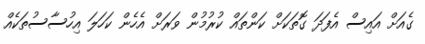
ގެއަށް އައިސް އެފަދަ ގޮތަކަށް ކަންތައް ކުރުމުން ވަރަށް އެހެން ކަހަލަ އިހުސާސުތަކެއް